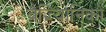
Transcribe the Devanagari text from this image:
वैज्ञ्यिानिकों